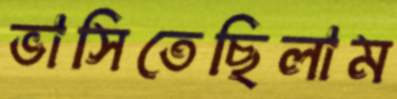
ভাসিতেছিলাম